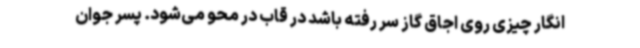
انگار چیزی روی اجاق گاز سر رفته باشد در قاب در محو می‌شود. پسر جوان